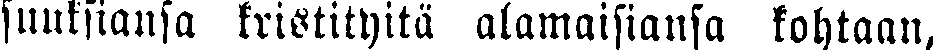
suuksiansa kristityttä alamaisiansa kohtaan,